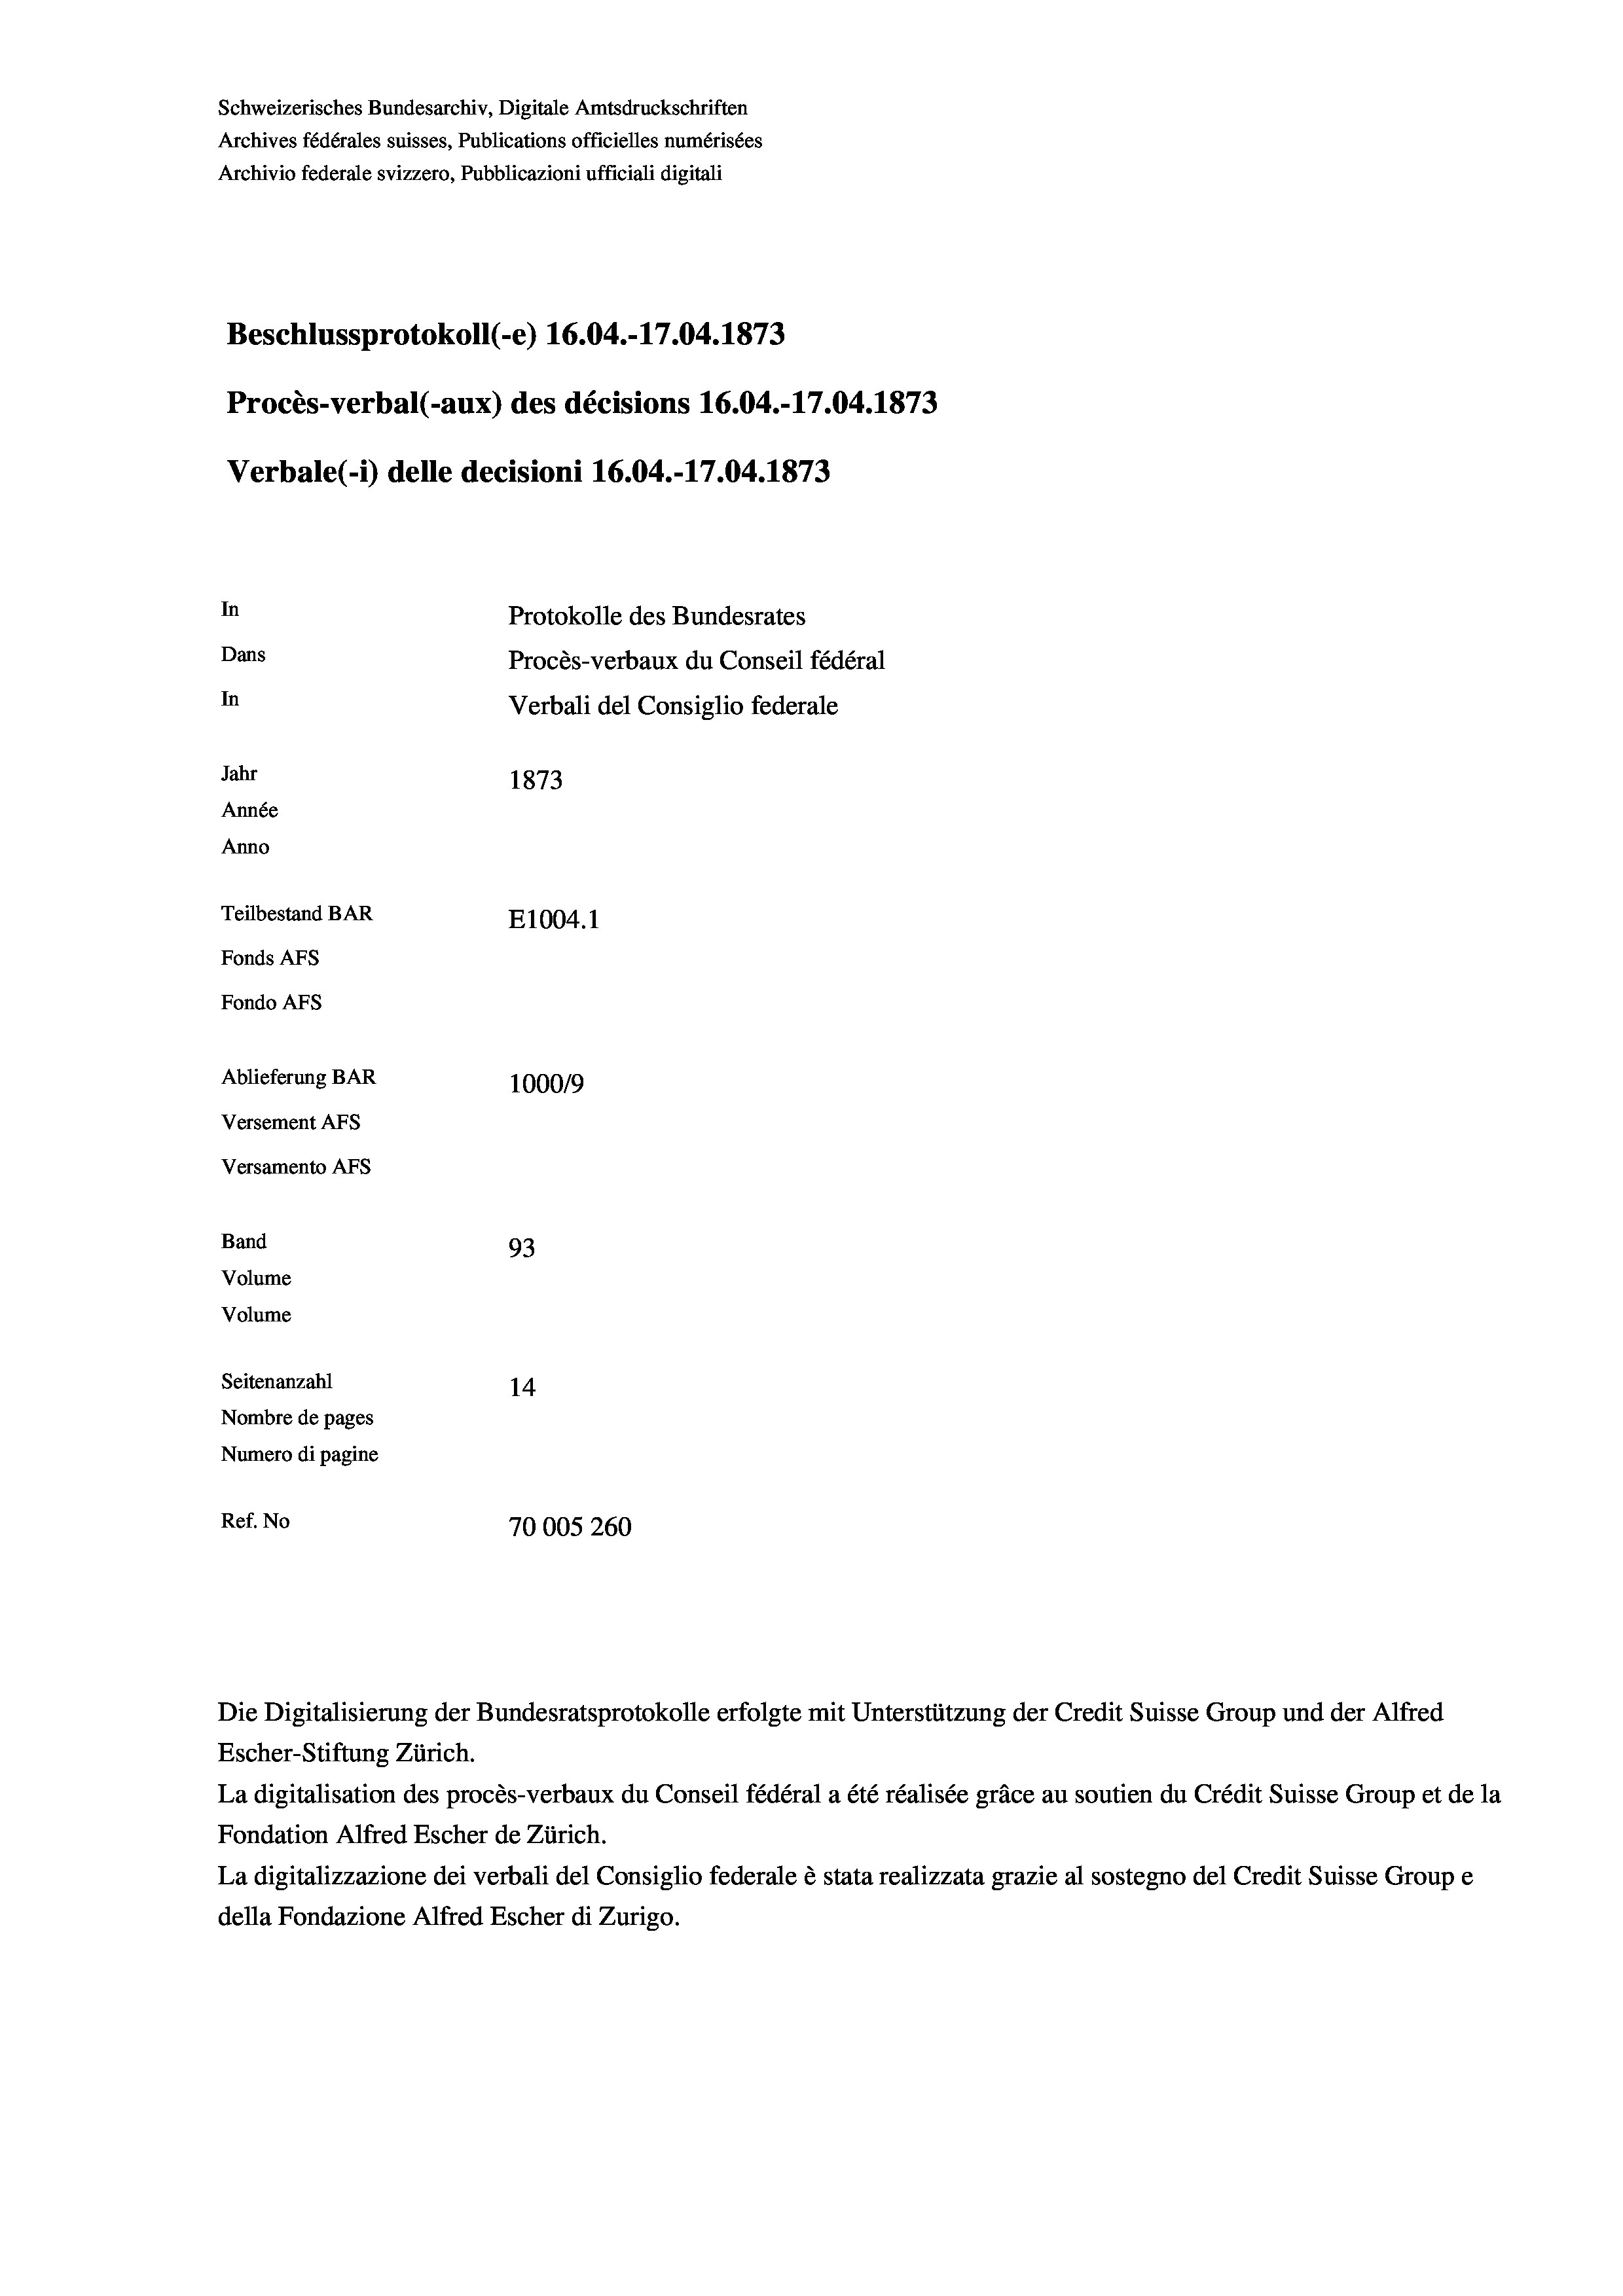
Schweizerisches Bundesarchiv, Digitale Amtsdruckschriften
Archives fédérales suisses, Publications officielles numérisées
Archivio federale svizzero, Pubblicazioni ufficiali digitali
Beschlussprotokoll (-e) 16.04.-17.04. 1873
Procès-verbal (-aux) des décisions 16.04.-17.04. 1873
Verbale(-*) delle decisioni 16.04.-17.04. 1873
In
Protokolle des Bundesrates
Dans
Procès-verbaux du Conseil fédéral
In
Verbali del Consiglio federale
Jahr
1873
Année
Anno
Teilbestand BAR
E1004. 1
Fonds AFs
Fondo Afs
Ablieferung BAR
100019
Versement AFs
Versamento AFs
Band
93
Volume
Volume
Seitenanzahl
14
Nombre de pages
Numero di pagine
Ref. No
70005 260

Escher-Stiftung Zürich.
La digitalisation des procès-verbaux du Conseil fédéral a été réalisée gräce au soutien du Crédit Suisse Group et de la
Fondation Alfred Escher de Zürich.
La digitalizzazione dei verbali del Consiglio federale è stata realizzata grazie al sostegno del Credit Suisse Groupe
della Fondazione Alfred Escher di Zurigo.

Die Digitalisierung der Bundesratsprotokolle erfolgte mit Unterstützung der Credit Suisse Group und der Alfred